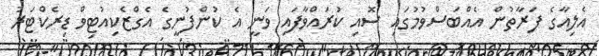
އެލިއާގެ ފަރާތުން އެއްބަސްވުމުގައި ސޮއި ކުރައްވާފައި ވަނީ އެ ކުންފުނީގެ އެގްޒެކިއުޓިވް ޑިރެކްޓަރު